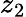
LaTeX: z_{2}